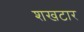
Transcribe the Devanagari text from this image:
शखटार